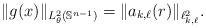
LaTeX: \begin{align*}\|g(x)\|_{L^2_\theta(\mathbb{S}^{n-1})}=\|a_{k,\ell}(r)\|_{\ell^2_{k,\ell}}.\end{align*}